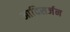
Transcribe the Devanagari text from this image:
आदिसर्जन